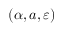
( \alpha , a , \varepsilon )